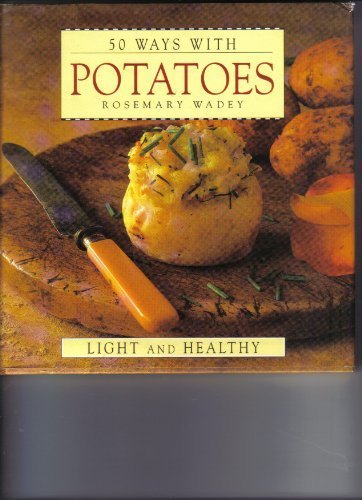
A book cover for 50 WAYS WITH POTATOES: LIGHT & HEALTHY; ROSEMARY WADEY; Cookbooks, Food & Wine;